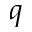
q